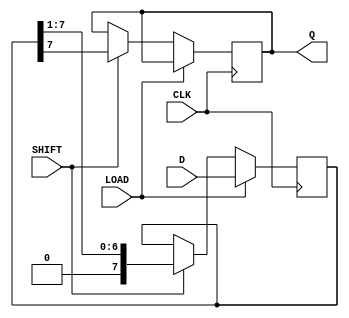
module dynamic_piso_register #(
    parameter WIDTH = 8  // Width of the register (number of bits)
)(
    input wire [WIDTH-1:0] D,    // Parallel data input
    input wire LOAD,              // Load control signal
    input wire SHIFT,             // Shift control signal
    input wire CLK,               // Clock signal
    output reg Q                 // Serial output
);

    reg [WIDTH-1:0] shift_reg;    // Shift register to hold the data

    always @(posedge CLK) begin
        if (LOAD) begin
            // Load data into the shift register
            shift_reg <= D;
        end else if (SHIFT) begin
            // Shift data out
            Q <= shift_reg[WIDTH-1]; // Output the MSB
            shift_reg <= {1'b0, shift_reg[WIDTH-1:1]}; // Shift right
        end
    end

endmodule